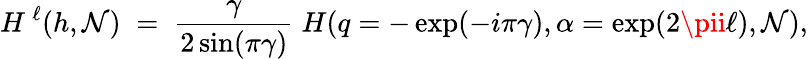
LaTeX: H^{\, \ell}(h,\mathcal{N})\; =\; \frac{{\gamma}}{{2\sin(\pi\gamma)}}\; H(q=-\exp(-i\pi\gamma),\alpha=\exp(2\pii\ell),\mathcal{N}),